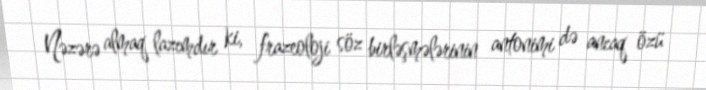
Nəzərə almaq lazımdır ki, frazeoloji söz birləşmələrinin antonimi də ancaq özü